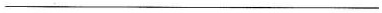
___